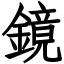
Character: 鏡